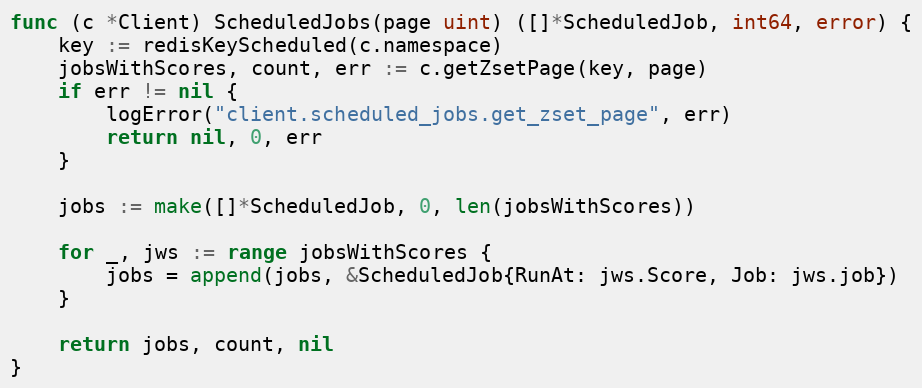
Language: Go
func (c *Client) ScheduledJobs(page uint) ([]*ScheduledJob, int64, error) {
	key := redisKeyScheduled(c.namespace)
	jobsWithScores, count, err := c.getZsetPage(key, page)
	if err != nil {
		logError("client.scheduled_jobs.get_zset_page", err)
		return nil, 0, err
	}

	jobs := make([]*ScheduledJob, 0, len(jobsWithScores))

	for _, jws := range jobsWithScores {
		jobs = append(jobs, &ScheduledJob{RunAt: jws.Score, Job: jws.job})
	}

	return jobs, count, nil
}